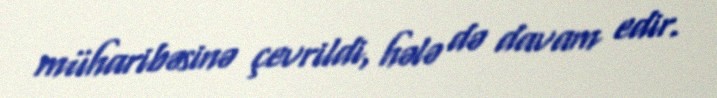
müharibəsinə çevrildi, hələ də davam edir.